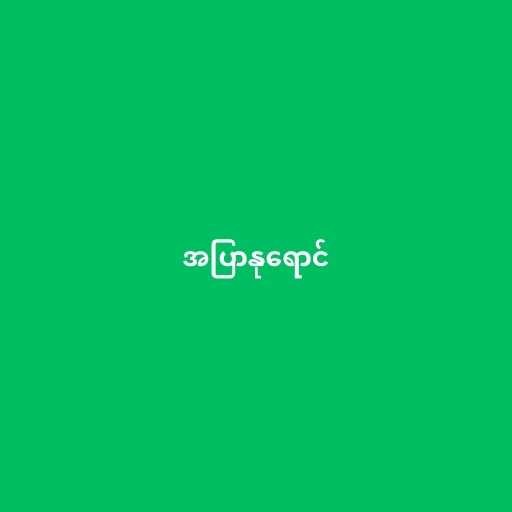
အပြာနုရောင်